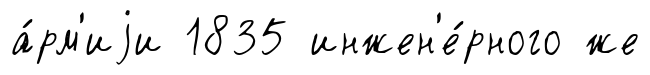
а́рм'иjи 1835 инжен'е́рного же